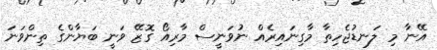
އޭނާ މި ލަނޑުޖެހިތާ މާގިނައިރެއް ނުވަނީސް މާރިއޯ ގޮޒޭ ވަނީ ބަޔާންގެ ތިންވަނަ